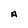
Character: A